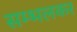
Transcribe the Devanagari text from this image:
सम्भलकर